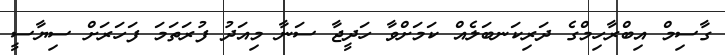
ގާސިމް އިބްރާހިމްގެ ދަރިކަނބަލެއް ކަމަށްވާ ހަދީޖާ ސަނާ މިއަދު ފުރަތަމަ ފަހަރަށް ސިޔާސީ